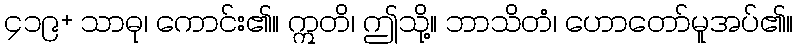
၄၁၉+ သာဓု၊ ကောင်း၏။ ဣတိ၊ ဤသို့။ ဘာသိတံ၊ ဟောတော်မူအပ်၏။